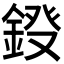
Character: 𮢀